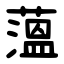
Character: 薀